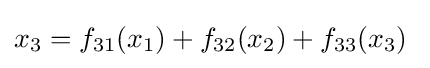
x_{3}=f_{31}(x_{1})+f_{32}(x_{2})+f_{33}(x_{3})\